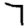
Digit: 7